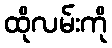
ထိုလမ်းကို